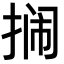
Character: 𫽔